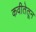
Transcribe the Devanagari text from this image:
कवीतेतून